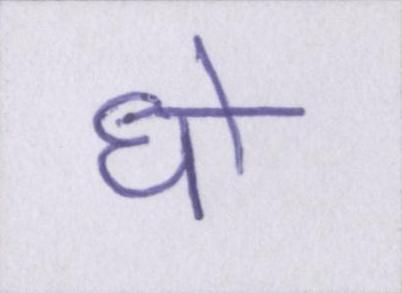
धो